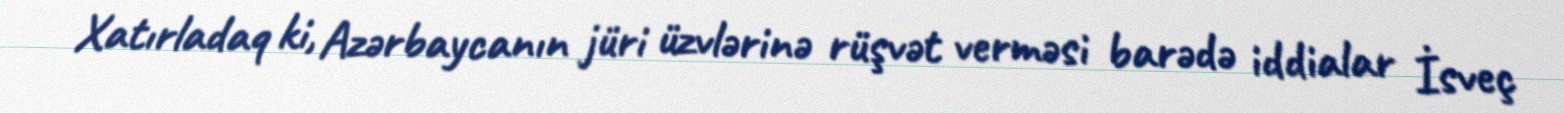
Xatırladaq ki, Azərbaycanın jüri üzvlərinə rüşvət verməsi barədə iddialar İsveç